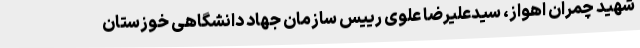
شهید چمران اهواز، سیدعلیرضا علوی رییس سازمان جهاد دانشگاهی خوزستان